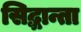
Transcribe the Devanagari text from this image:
सिद्धान्ता